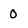
Character: 0